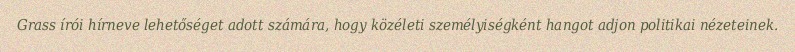
Grass írói hírneve lehetőséget adott számára, hogy közéleti személyiségként hangot adjon politikai nézeteinek.